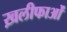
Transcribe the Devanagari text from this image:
ख़लीफाओं